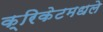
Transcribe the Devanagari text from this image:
क्रिकेटमधले